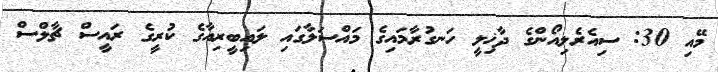
މޭއި 30: ސިއެރެލިއޯންގެ ދާޚިލީ ހަނގުރާމައިގެ މައްސަލާގައި ލައިބީރިއާގެ ކުރީގެ ރައީސް ޗާލްސް